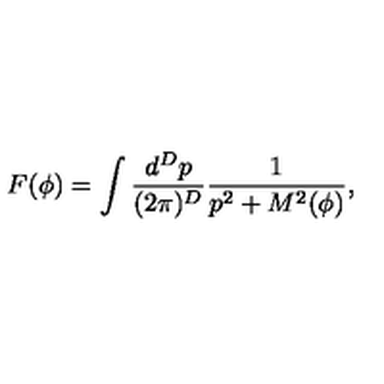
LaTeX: F ( \phi ) = \int \frac { d ^ { D } p } { ( 2 \pi ) ^ { D } } \frac { 1 } { p ^ { 2 } + M ^ { 2 } ( \phi ) } ,